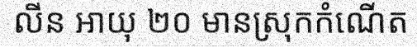
លីន អាយុ ២០ មានស្រុកកំណើត